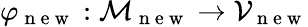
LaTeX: \varphi_{\mathrm{~n~e~w~}}:\mathcal{M}_{\mathrm{~n~e~w~}}\to\mathcal{V}_{\mathrm{~n~e~w~}}